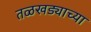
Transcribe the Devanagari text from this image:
तळखड्याच्या